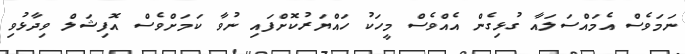
ނަމަވެސް އެމައްސަލައާ ގުޅިގެން އެއްވެސް މީހަކު ހައްޔަރުކޮށްފައި ނުވާ ކަމަށްވެސް އޮފިޝަލް ވިދާޅުވި